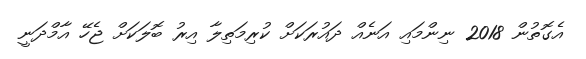
އެގޮތުން 2018 ނިންމައި އަނެއް ދައުރަކަށް ކުރިމަތިލާ އިރު ބޮލަކަށް ޖެހޭ އާމްދަނީ